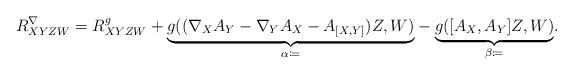
LaTeX: \begin{align*}R^\nabla_{XYZW} = R^g_{XYZW} + \underset{\alpha\coloneqq}{\underbrace{g((\nabla_X A_Y - \nabla_Y A_X - A_{[X,Y]}) Z, W)}} - \underset{\beta\coloneqq}{\underbrace{ g([A_X, A_Y]Z,W)}}.\end{align*}